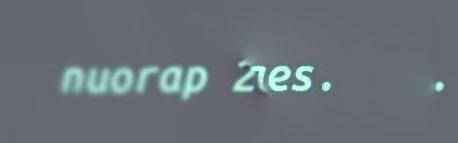
nuorap 20 jages.